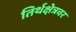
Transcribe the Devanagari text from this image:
तिर्थक्षेत्रवर